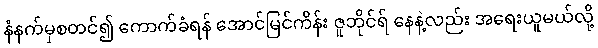
နံနက်မှစတင်၍ ကောက်ခံရန် အောင်မြင်ကိန်း ဇူဘိုင်ရ် နေနဲ့လည်း အရေးယူမယ်လို့